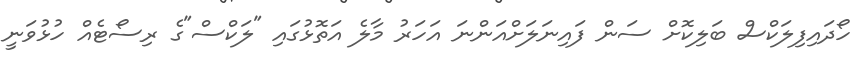
ހޯދައިފިލަކްސް ބަލިކޮށް ސަން ފައިނަލަށްއަންނަ އަހަރު މާލެ އަތޮޅުގައި "ލަކްސް"ގެ ރިސޯޓެއް ހުޅުވަނީ